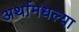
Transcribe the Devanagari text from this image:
अर्थामधल्या